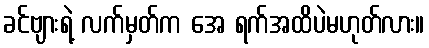
ခင်ဗျားရဲ့ လက်မှတ်က အေ ရက်အထိပဲမဟုတ်လား။